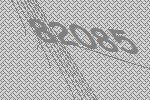
82085